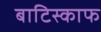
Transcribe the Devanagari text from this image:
बाटिस्काफ